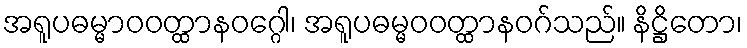
အရူပဓမ္မာဝဝတ္ထာနဝဂ္ဂေါ၊ အရူပဓမ္မဝဝတ္ထာနဝဂ်သည်။ နိဋ္ဌိတော၊